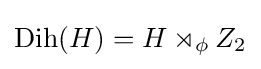
\mathrm {Dih} (H)=H\rtimes _{\phi }Z_{2}